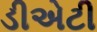
ડીએટી